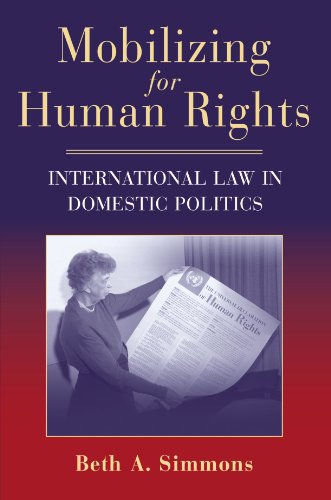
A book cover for Mobilizing for Human Rights: International Law in Domestic Politics; Beth A. Simmons; Law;